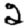
Digit: 2